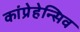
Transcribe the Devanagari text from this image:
कांप्रेहेन्सिव